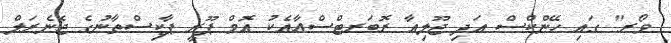
ވޯރ" ގައި ހޭންކްސް އަދި ޖޫލިއާ ރޮބަރޓްސްއާއެކު އޮމް ޕޫރީ ޕާކިސްތާނުގެ ޖެނެރަލް